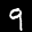
Label: 9